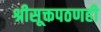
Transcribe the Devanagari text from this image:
श्रीसूक्तपठणही